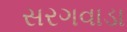
સરગવાડા